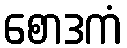
စောဒကံ